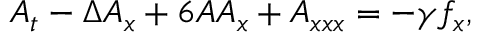
A _ { t } - \Delta A _ { x } + 6 A A _ { x } + A _ { x x x } = - \gamma f _ { x } ,